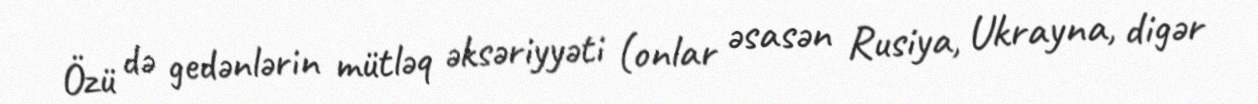
Özü də gedənlərin mütləq əksəriyyəti (onlar əsasən Rusiya, Ukrayna, digər